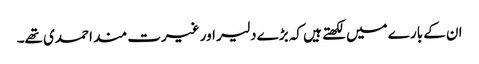
ان کے بارے میں لکھتے ہیں کہ بڑے دلیر اور غیرت مند احمدی تھے۔